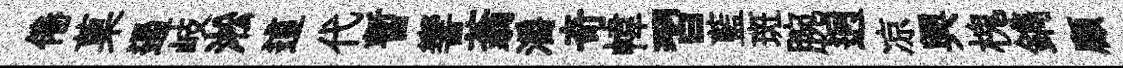
倦菓遏岐淞這代暫響蓊灂奇幃習藍斑腕迥凉興槐鐫顧